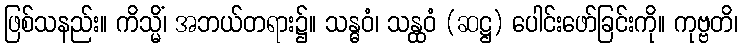
ဖြစ်သနည်း။ ကိသ္မိံ၊ အဘယ်တရား၌။ သန္ဓဝံ၊ သန္ထဝံ (ဆဋ္ဌ) ပေါင်းဖော်ခြင်းကို။ ကုဗ္ဗတိ၊